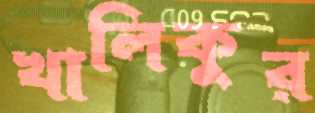
খালিকুর